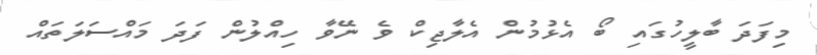
މިފަދަ ބާލީހުގައި ބޯ އެޅުމުން އެލާޖިކް ވެ ނޭވާ ހިއްލުން ފަދަ މައްސަލަތައް